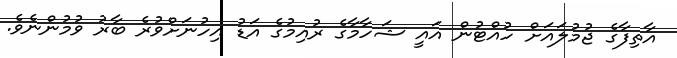
އާތިފާގެ ޖުމުލައަށް ހުއްޓުން އައީ ޝަހާމާގެ ރުއިމުގެ އަޑު އިހުނަށްވުރެ ބާރު ވުމުންނެވެ.